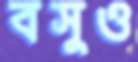
বসুও